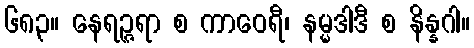
၆၈၃။ နေရဉ္ဇရာ စ ကာဝေရီ၊ နမ္မဒါဒီ စ နိန္နဂါ။